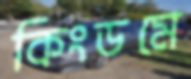
কিংডমে